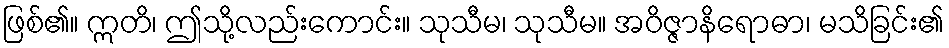
ဖြစ်၏။ ဣတိ၊ ဤသို့လည်းကောင်း။ သုသီမ၊ သုသီမ။ အဝိဇ္ဇာနိရောဓာ၊ မသိခြင်း၏